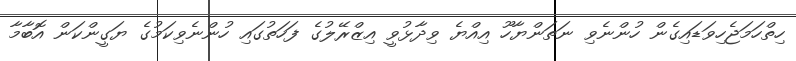
ހިތްހަމަޖެހިވަޑައިގެން ހުންނެވި ނަތަންޔާހޫ އިއްޔެ ވިދާޅުވީ އިޒްރޭލުގެ ފަހަތުގައި ހުންނެވިކަމުގެ ޔަގީންކަން އޮބާމާ